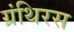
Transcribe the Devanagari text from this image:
ग्रंथिरस